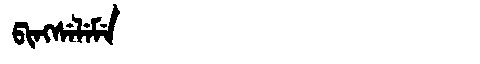
Manchu: ᡦᡳᠩᠰᡝᠯᡝᠮᡝ
Romanization: PINGSELEME